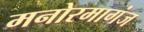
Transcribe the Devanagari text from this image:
मनोरमागंज